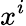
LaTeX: x^{i}